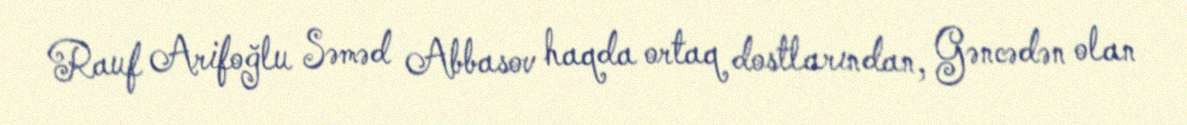
Rauf Arifoğlu Səməd Abbasov haqda ortaq dostlarından, Gəncədən olan